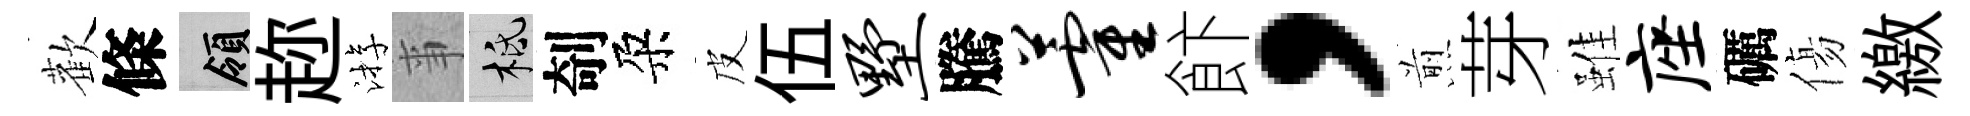
歡條領趂㳺亊柢剞朶皮伍墅騰藿飰，煎芽雖座礪傷繳